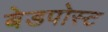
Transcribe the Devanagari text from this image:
बेडपोस्ट